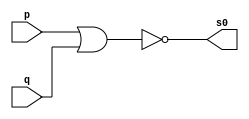
// ---------------------
// Guia 02_05 - AND
// Nome: Thaise Souto Martins
// ---------------------


// ---------------------
// -- nor gate
// ---------------------

module norgate (s0, p, q);
 output s0;
 input  p, q;

 assign s0 = ~(p | q);

endmodule // norgate



// ---------------------
// -- nand gate
// ---------------------

module nandgate (s0, p, q);
 output s0;
 wire s1,s2,s3;
 input  p,q;

 norgate NORGATE1 (s1,p,p);
 norgate NORGATE2 (s2,q,q);
 norgate NORGATE3 (s3,s1,s2);
 norgate NORGATE4 (s0,s3,s3);
 
endmodule // nandgate


// ---------------------
// -- test nand gate
// ---------------------

module testnandgate;
 reg   a, b;
 wire  s;
          // instancia
 nandgate NAND1 (s, a, b);
 
  initial begin:start
  	  a=0; b=0;
	  
 end
 
          // parte principal
 initial begin
      $display("Guia 02_05 - Thaise Souto Martins - 395504");
      $display("Test NAND gate");
      $display("\na & b = s\n");
      $monitor("%b & %b = %b", a, b, s);
  #1  a=0; b=1; 
  #1  a=1; b=0; 
  #1  a=1; b=1; 
  
 end

endmodule // testandgate